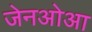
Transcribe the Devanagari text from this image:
जेनओआ